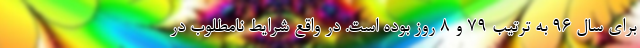
برای سال ۹۶ به ترتیب ۷۹ و ۸ روز بوده است. در واقع شرایط نامطلوب در